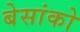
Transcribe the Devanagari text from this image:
बेसांको